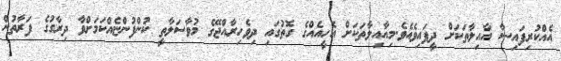
އެއްކުރިފައިސާ އާއިލާތަކަށް ދީފައިވެއެވެ.މިއާއިލާތަކަށް އެހީއެއްގެ ގޮތުގައި ދިވެހިރާއްޖޭގެ މުވާސަލާތީ ކުންފުންޏެއްކަމަށްވާ ދިރާގުގެ ފަރާތުން